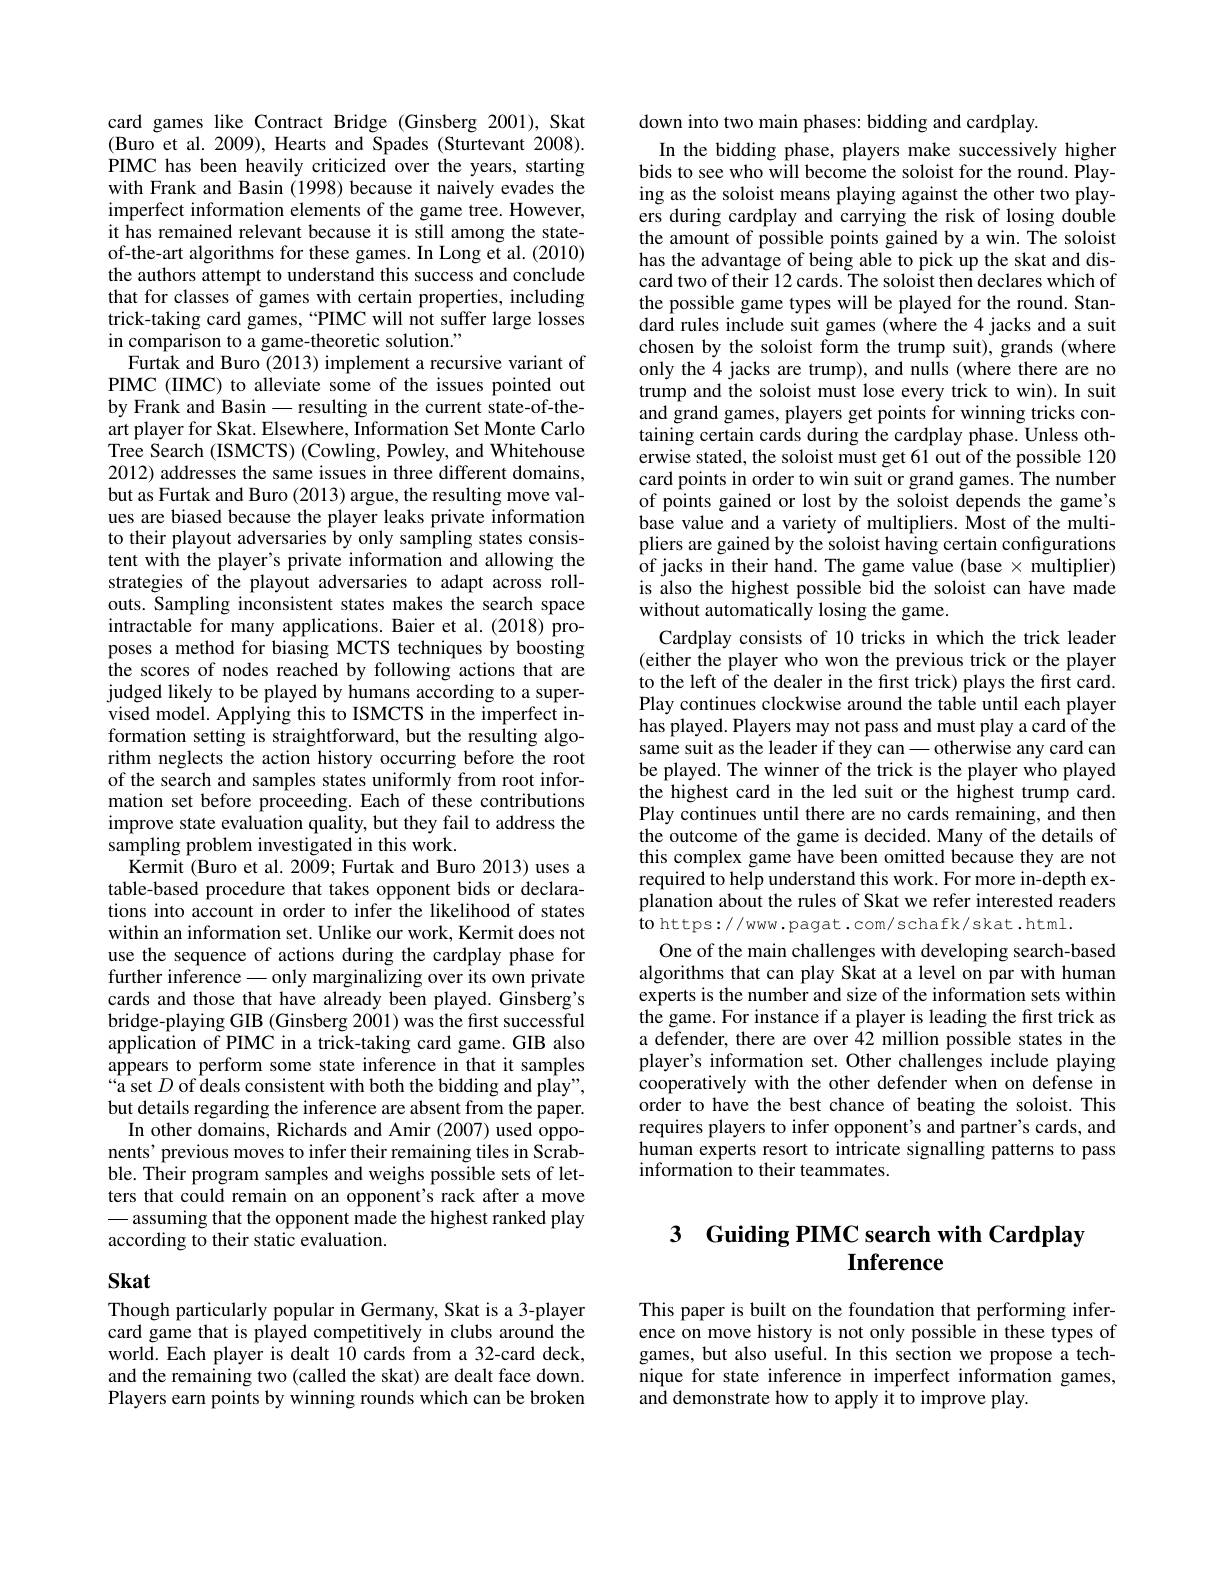
card games like Contract Bridge (Ginsberg 2001), Skat (Buro et al. 2009), Hearts and Spades (Sturtevant 2008). PIMC has been heavily criticized over the years, starting with Frank and Basin (1998) because it naively evades the imperfect information elements of the game tree. However, it has remained relevant because it is still among the stateof-the-art algorithms for these games. In Long et al. (2010) the authors attempt to understand this success and conclude that for classes of games with certain properties, including trick-taking card games,“PIMC will not suffer large losses in comparison to a game-theoretic solution."
Furtak and Buro (2013) implement a recursive variant of PIMC (IIMC) to alleviate some of the issues pointed out by Frank and Basin - resulting in the current state-of-theart player for Skat. Elsewhere, Information Set Monte Carlo Tree Search (ISMCTS) (Cowling, Powley, and Whitehouse 2012) addresses the same issues in three different domains, but as Furtak and Buro (2013) argue, the resulting move values are biased because the player leaks private information to their playout adversaries by only sampling states consistent with the player's private information and allowing the strategies of the playout adversaries to adapt across rollouts. Sampling inconsistent states makes the search space intractable for many applications. Baier et al.(2018) proposes a method for biasing MCTS techniques by boosting the scores of nodes reached by following actions that are judged likely to be played by humans according to a supervised model. Applying this to ISMCTS in the imperfect information setting is straightforward, but the resulting algorithm neglects the action history occurring before the root of the search and samples states uniformly from root information set before proceeding. Each of these contributions improve state evaluation quality, but they fail to address the sampling problem investigated in this work.
Kermit (Buro et al. 2009; Furtak and Buro 2013) uses a table-based procedure that takes opponent bids or declarations into account in order to infer the likelihood of states within an information set. Unlike our work, Kermit does not use the sequence of actions during the cardplay phase for further inference — only marginalizing over its own private cards and those that have already been played. Ginsberg's bridge-playing GIB (Ginsberg 2001) was the first successful application of PIMC in a trick-taking card game. GIB also appears to perform some state inference in that it samples “a set $D$ of deals consistent with both the bidding and play", but details regarding the inference are absent from the paper.
In other domains, Richards and Amir (2007) used opponents' previous moves to infer their remaining tiles in Scrabble. Their program samples and weighs possible sets of letters that could remain on an opponent's rack after a move - assuming that the opponent made the highest ranked play according to their static evaluation.

# Skat

Though particularly popular in Germany, Skat is a 3-player card game that is played competitively in clubs around the world. Each player is dealt 10 cards from a 32-card deck, and the remaining two (called the skat) are dealt face down. Players earn points by winning rounds which can be broken

down into two main phases: bidding and cardplay.
In the bidding phase, players make successively higher bids to see who will become the soloist for the round. Playing as the soloist means playing against the other two players during cardplay and carrying the risk of losing double the amount of possible points gained by a win. The soloist has the advantage of being able to pick up the skat and discard two of their 12 cards. The soloist then declares which of the possible game types will be played for the round. Standard rules include suit games (where the 4 jacks and a suit chosen by the soloist form the trump suit), grands (where only the 4 jacks are trump), and nulls (where there are no trump and the soloist must lose every trick to win). In suit and grand games, players get points for winning tricks containing certain cards during the cardplay phase. Unless otherwise stated, the soloist must get 61 out of the possible 120 card points in order to win suit or grand games. The number of points gained or lost by the soloist depends the game's base value and a variety of multipliers. Most of the multipliers are gained by the soloist having certain configurations of jacks in their hand. The game value (base $\times$ multiplier) is also the highest possible bid the soloist can have made without automatically losing the game.
Cardplay consists of 10 tricks in which the trick leader (either the player who won the previous trick or the player to the left of the dealer in the first trick) plays the first card. Play continues clockwise around the table until each player has played. Players may not pass and must play a card of the same suit as the leader if they can\_otherwise any card can be played. The winner of the trick is the player who played the highest card in the led suit or the highest trump card. Play continues until there are no cards remaining, and then the outcome of the game is decided. Many of the details of this complex game have been omitted because they are not required to help understand this work. For more in-depth explanation about the rules of Skat we refer interested readers to https://www.pagat.com/schafk/skat.html.
One of the main challenges with developing search-based algorithms that can play Skat at a level on par with human experts is the number and size of the information sets within the game. For instance if a player is leading the first trick as a defender, there are over 42 million possible states in the player's information set. Other challenges include playing cooperatively with the other defender when on defense in order to have the best chance of beating the soloist. This requires players to infer opponent's and partner's cards, and human experts resort to intricate signalling patterns to pass information to their teammates.

## 3 Guiding PIMC search with Cardplay $\mathbf{Inference}$

This paper is built on the foundation that performing inference on move history is not only possible in these types of games, but also useful. In this section we propose a technique for state inference in imperfect information games, and demonstrate how to apply it to improve play.